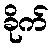
ခိုက်